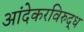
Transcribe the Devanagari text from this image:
आंदेकरविरुद्ध